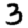
Digit: 3